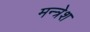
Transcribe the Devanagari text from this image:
मन्त्रेश